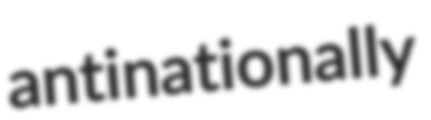
antinationally